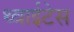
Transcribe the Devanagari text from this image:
थ्वाईटेस